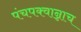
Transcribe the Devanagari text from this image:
पंचपक्वान्नाच